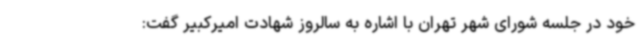
خود در جلسه شورای شهر تهران با اشاره به سالروز شهادت امیرکبیر گفت: